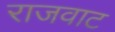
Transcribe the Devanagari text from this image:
राजवाट